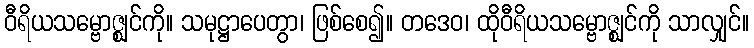
ဝီရိယသမ္ဗောဇ္ဈင်ကို။ သမုဋ္ဌာပေတွာ၊ ဖြစ်စေ၍။ တဒေဝ၊ ထိုဝီရိယသမ္ဗောဇ္ဈင်ကို သာလျှင်။